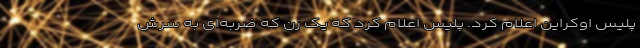
پلیس اوکراین اعلام کرد. پلیس اعلام کرد که یک زن که ضربه‌ای به سرش